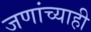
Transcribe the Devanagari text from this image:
जणांच्याही